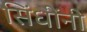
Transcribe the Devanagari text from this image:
सिंधींनी